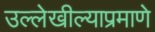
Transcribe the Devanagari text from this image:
उल्लेखील्याप्रमाणे